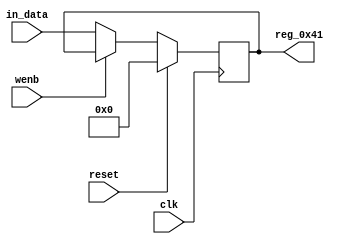
module r_RX_BUF_OBJ4_BYTE_1(output reg [7:0] reg_0x41, input wire reset, input wire wenb, input wire [7:0] in_data, input wire clk);
	always@(posedge clk)
	begin
		if(reset==0) begin
			if(wenb==0)
				reg_0x41<=in_data;
			else
				reg_0x41<=reg_0x41;
		end
		else
			reg_0x41<=8'h00;
	end
endmodule